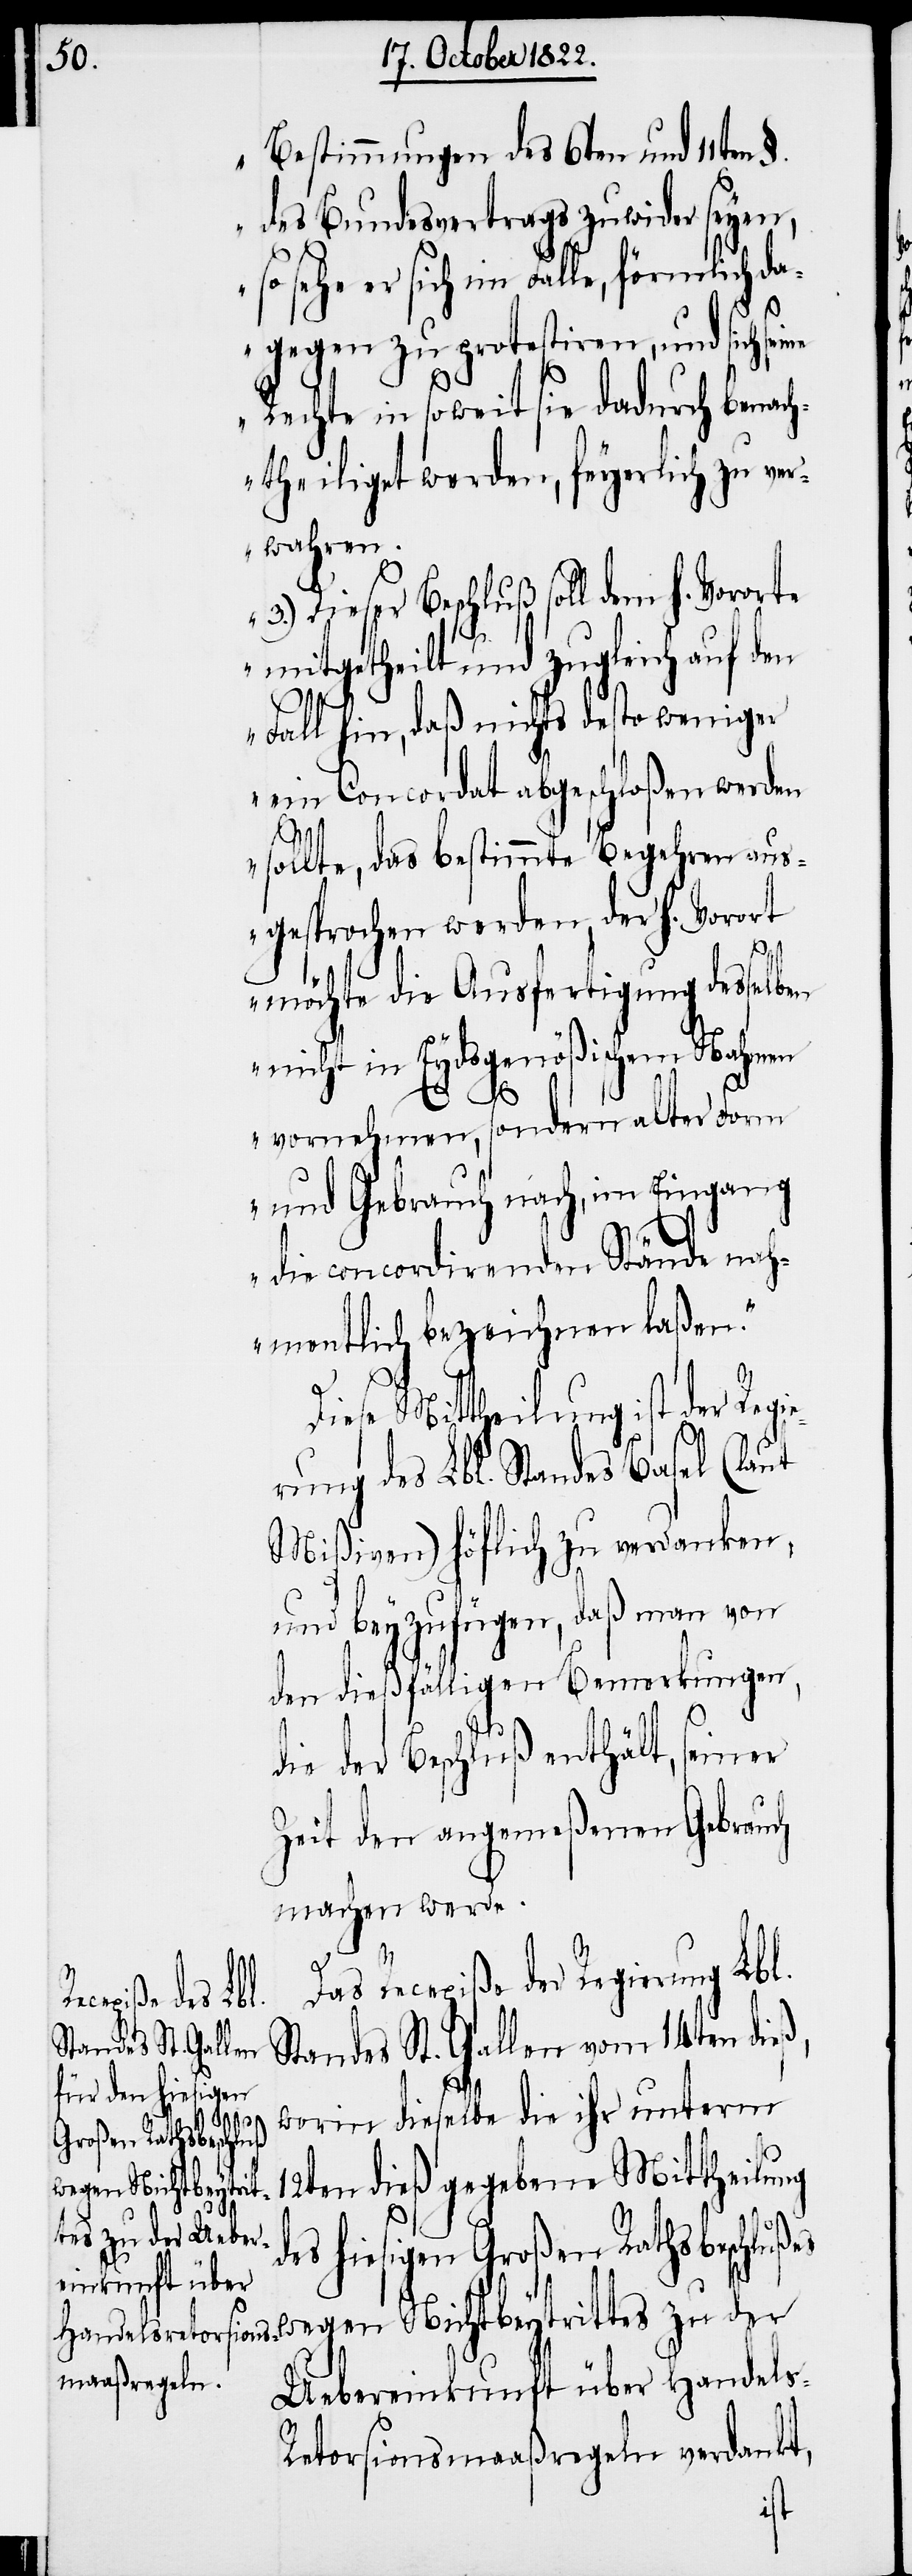
Bestimmungen des 6ten und 11ten §.
des Bundesvertrags zuwider seyen,
so sehe er sich im Falle, förmlich da¬
ß,
gegen zu protestiren, und sich seine
Rechte in soweit sie dadurch benach¬
theiliget werden, feyerlich zu ver¬
wahren.
3.) Dieser Beschluß soll dem h. Vororte
mitgetheilt und zugleich auf den
Fall hin, daß nichts desto weniger
ein Concordat abgeschloßen werden
s-R¬
sollte, das bestimmte Begehren aus¬
gesprochen werden, der h. Vorort
möchte die Ausfertigung desselb¬
en nicht in Eydsgenößischem Nahmen
vornehmen, sondern alter Form
und Gebrauch nach, im Eingang
die concordirenden Stände nah¬
mentlich bezeichnen laßen.“
Diese Mittheilung ist der Regie¬
rung des Lbl. Standes Basel (laut
Mißiven) höflich zu verdanken,
und beyzufügen, daß man von
den dießfälligen Bemerkungen,
seiner
die der Beschluß enthält,
Zeit den angemeßenen Gebrauch
machen werde.
Das Recepiße der Regierung Lbl.
Standes St. Gallen vom 14ten die¬
worin dieselbe die ihr unterm
12ten dieß gegebene Mittheilung
des hiesigen Großen Rathsbeschluß¬
es wegen Nichtbeytrittes zu der
Uebereinkunft über Handel¬
etorsionsmaaßregeln verdankt,